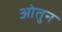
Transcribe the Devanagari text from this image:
ओतुन